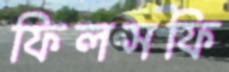
ফিলসফি